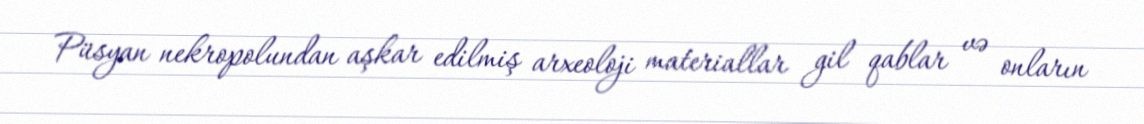
Püsyan nekropolundan aşkar edilmiş arxeoloji materiallar gil qablar və onların